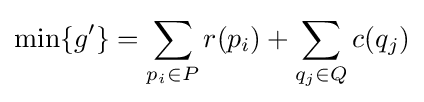
\min\{g'\}=\sum _{p_{i}\in P}r(p_{i})+\sum _{q_{j}\in Q}c(q_{j})